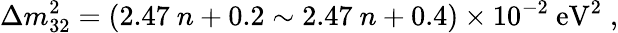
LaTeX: \Delta m_{32}^{2}=(2.47\ n+0.2\sim 2.47\ n+0.4)\times 10^{-2}\ \mathrm{eV}^{2}\; ,